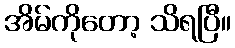
အိမ်ကိုတော့ သိရပြီ။